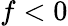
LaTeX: f<0